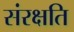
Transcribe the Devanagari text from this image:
संरक्षति